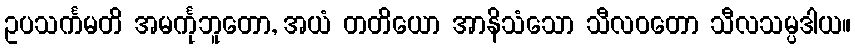
ဥပသင်္ကမတိ အမင်္ကုဘူတော, အယံ တတိယော အာနိသံသော သီလဝတော သီလသမ္ပဒါယ။